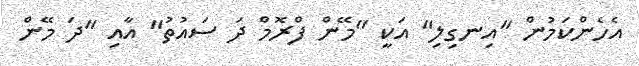
އެހެންކަމުން "އިނގިލި" އަކީ "މޭން ފްރޮމް ދަ ސައުތު" އާއި "ދަ މޭން